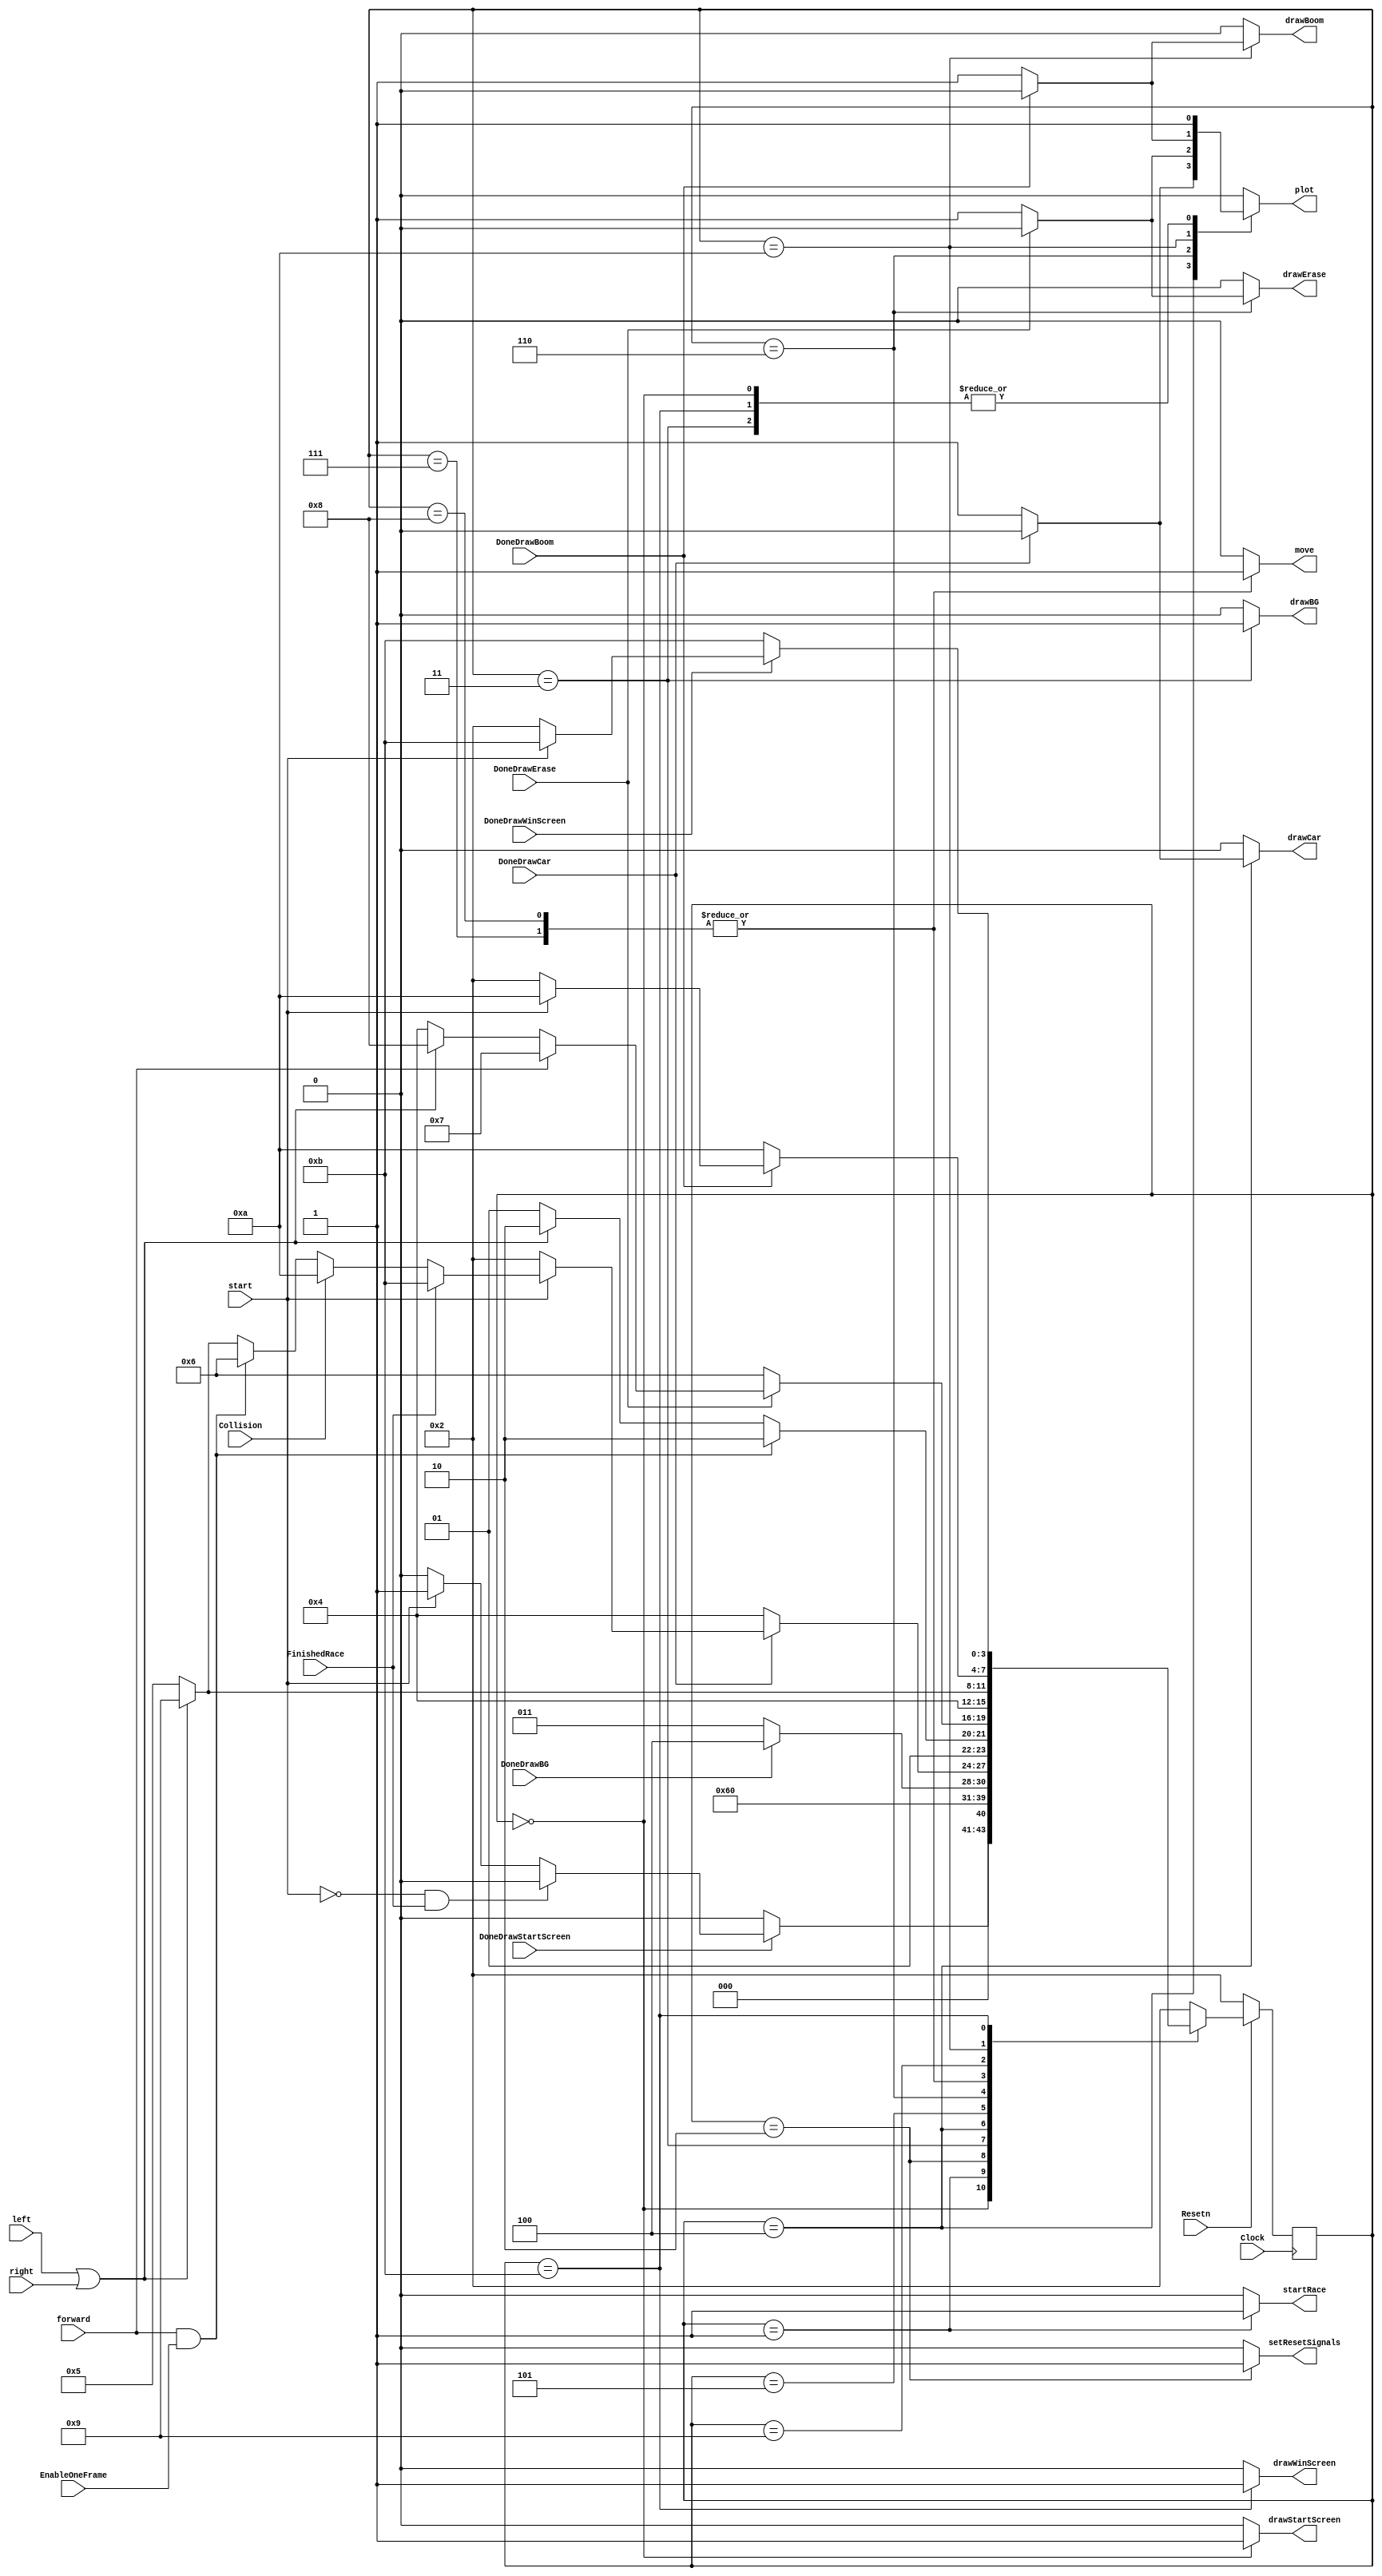
module control(

	//takes in input for clock, reset, EnableOneFrame, starting the game, and directions of motion
	input Clock, Resetn, EnableOneFrame, start, forward, right, left,
	
	//takes in input for conditions of whether certain situations have been drawn and completed
	input DoneDrawBG, DoneDrawCar, DoneDrawErase, DoneDrawBoom, DoneDrawStartScreen, DoneDrawWinScreen, FinishedRace, Collision,
	
	//takes in storage variables for starting the race track display, and drawing all features
	output reg setResetSignals, startRace, drawBG, drawCar, drawErase, drawBoom, drawStartScreen, drawWinScreen, move, plot);
	
	//takes in storage values for current state and next state
	reg[3:0] current_state, next_state;

	
	//sets local parameters for the various states of the game
	localparam  DRAW_START_SCREEN = 0,
					START_RACE		   = 1,
					SET_RESET_SIGNALS = 2,
					DRAW_BACKGROUND   = 3,
					DRAW_CAR          = 4,
					WAIT_FOR_MOVE     = 5,
					DRAW_OVER_CAR     = 6,
					MOVE_FORWARD 	   = 7,
					MOVE_LEFT_RIGHT   = 8,
					WAIT_LEFT_RIGHT   = 9,
					DRAW_EXPLOSION    = 10,
					DRAW_WIN_SCREEN   = 11;
    
    // Next state logic aka our state table
    always@(*)
	 
	 //begins the state table
    begin: state_table 
		case (current_state)
		
			//When drawing the start screen
			DRAW_START_SCREEN:
			begin
				//if the start screen is done being drawn
				if(DoneDrawStartScreen)
				begin
					//if the game has finished and is not being played, draw start screen next
					if(!start && FinishedRace) next_state = DRAW_START_SCREEN;
					
					//if the game is to be played, start the ract next
					else if(start) next_state = START_RACE;
					
					//otherwise draw start screen next
					else next_state = DRAW_START_SCREEN;
				end
				
				//if start screen is not done being drawn, draw start screen next
				else next_state = DRAW_START_SCREEN;
			end
			
			//When the race is ready to start, draw background next
			START_RACE: next_state = DRAW_BACKGROUND;
			
			//when signals have been reset, draw the start screen for a game reset
			SET_RESET_SIGNALS: next_state = DRAW_START_SCREEN;
			
			//draw the background if the background has not been drawn
			//otherwise draw the car if the background has been drawn
			DRAW_BACKGROUND: next_state = DoneDrawBG ? DRAW_CAR : DRAW_BACKGROUND;
			
			//when car is being drawn
			DRAW_CAR: begin
			
				//if car is done being drawn
				if(DoneDrawCar) 
				begin
					//if the game has not started, reset signals next
					if(!start) next_state = SET_RESET_SIGNALS;
					//if the race is finished, draw the win screen next
					else if(FinishedRace) next_state = DRAW_WIN_SCREEN;
					//if collision has occured, draw explosion next
					else if(Collision) next_state = DRAW_EXPLOSION;
					//if user moves forward and EnableOneFrame is true, draw over car next
					else if(forward == 1'b1 && EnableOneFrame) next_state = DRAW_OVER_CAR;
					//if user turns left or right, then wait for the left/right turn  next
					else if(left == 1'b1 || right == 1'b1) next_state = WAIT_LEFT_RIGHT;
					//otherwise wait for move next
					else next_state = WAIT_FOR_MOVE;
				end
				//if the car is not drawn, draw the car
				else next_state = DRAW_CAR;
			end
			
			//when waiting for a move
			WAIT_FOR_MOVE: begin
				//if user moves forward and EnableOneFrame is true, draw over car next
				if(forward == 1'b1 && EnableOneFrame) next_state = DRAW_OVER_CAR;
				//if user turns left or right, then wait for the left/right turn  next
				else if(left == 1'b1 || right == 1'b1) next_state = DRAW_OVER_CAR;
				//otherwise wait for a move
				else next_state = WAIT_FOR_MOVE;
			end
			
			//when drawing over the car
			DRAW_OVER_CAR: begin
			
				//if the car has been drawn over
				if(DoneDrawErase) begin
				
					//if moving foward, move forward next
					if(forward == 1'b1) next_state = MOVE_FORWARD;
					//if moving left or right, move left/right next
					else if(left == 1'b1 || right == 1'b1) next_state = MOVE_LEFT_RIGHT;
					//otherwise draw car next
					else next_state = DRAW_CAR;
				end
				//if the car not been drawn over, draw the car over
				else next_state = DRAW_OVER_CAR;
			end
			
			//when moving forward, draw the car next
			MOVE_FORWARD: next_state = DRAW_CAR;
			
			//when movign left or right, draw the car next
			MOVE_LEFT_RIGHT: next_state = DRAW_CAR;
			
			//when waiting for left/right, wait for left/right again if car turned left or right
			//if car didnt turn left or right, then wait for move next
			WAIT_LEFT_RIGHT: next_state = (left == 1'b1 || right == 1'b1) ? WAIT_LEFT_RIGHT : WAIT_FOR_MOVE;
			
			//when drawing the explosion
			DRAW_EXPLOSION: begin
			
				//if explosion is done being drawn
				if(DoneDrawBoom) begin
				
					//if the game is in motion, draw explosion next
					if(start) next_state = DRAW_EXPLOSION;
					
					//otherwise reset signals next since game is not in motion
					else next_state = SET_RESET_SIGNALS;
				end
				//if explosion is not done being drawn, draw explosion
				else next_state = DRAW_EXPLOSION;
			end
			
			//when drawing the win screen
			DRAW_WIN_SCREEN: begin
			
				//if win screen is done being drawn
				if(DoneDrawWinScreen) begin
				
					//and the game has started already, draw win screen
					if(start) next_state = DRAW_WIN_SCREEN;
					
					//otherwise reset signals
					else next_state = SET_RESET_SIGNALS;
				end
				//if win screen is not done being drawn, draw win screen
				else next_state = DRAW_WIN_SCREEN;
			end
			
			//default case is to reset signals
			default: next_state = SET_RESET_SIGNALS;
		endcase
    end // state_table

    // Output logic aka all of our datapath control signals
    always @(*)
    begin: enable_signals
		
		//sets values for all the cases
		setResetSignals = 1'b0;
		startRace = 1'b0;
		drawBG = 1'b0;
		drawCar = 1'b0;
		drawErase = 1'b0;
		drawBoom = 1'b0;
		drawStartScreen = 1'b0;
		drawWinScreen = 1'b0;
		move = 1'b0;
		plot = 1'b0;
	 
		  
        case (current_state)
		  
			//when drawing the start screen
			DRAW_START_SCREEN: begin
				//drawing start screen and plotting are true
				drawStartScreen = 1'b1;
				plot = 1'b1;
			end
			//when reseting signals, setResetSignals are ture
			SET_RESET_SIGNALS: setResetSignals = 1'b1;
			
			//when drawing background, drawbackground and plot are true
			DRAW_BACKGROUND: begin
				drawBG = 1'b1;
				plot = 1'b1;
			end
			
			//when starting race, startrace is true
			START_RACE: startRace = 1'b1;
			
			//when drawing car
			DRAW_CAR: begin
				//if car is done being drawn, plot is false
				if(DoneDrawCar) plot = 1'b0;
				
				//if car is not done being drawn
				//draw car and plot are true
				else begin
					drawCar = 1'b1;
					plot = 1'b1;
				end
			end
			
			//when drawing over the car
			DRAW_OVER_CAR: begin
			
				//if car isdone being drawn over, plot is false
				if(DoneDrawErase) plot = 1'b0;
				
				//if car is not done being drawn over
				//drawovercar and plot are true
				else begin
					drawErase = 1'b1;
					plot = 1'b1;
				end
			end
			
			//when moving forward, move is true
			MOVE_FORWARD: move = 1'b1;
		
			//when moving left/right, move is true
			MOVE_LEFT_RIGHT: move = 1'b1;
			
			//when drawing explosions
			DRAW_EXPLOSION: begin
				
				//if explosion is done being drawn, plot is false
				if(DoneDrawBoom) plot = 1'b0;
				
				//if explosion is not done being drawn
				//drawexplosion and plot are true
				else begin
					drawBoom = 1'b1;
					plot = 1'b1;
				end
			end
			
			//when drawing win screen, drawwinscreen and plot are true
			DRAW_WIN_SCREEN: begin
				drawWinScreen = 1'b1;
				plot = 1'b1;
			end
        endcase
    end // enable_signals
   
	
    // current_state registers
    always@(posedge Clock)
    begin: state_FFs
	 
			//when the game is being reset, set current state to set reset signals
        if(!Resetn)
           current_state <= SET_RESET_SIGNALS;
			  
		  //when the game is not being reset, move on the state so currentState = nextState
        else
            current_state <= next_state;
    end // state_FFS
	 
endmodule